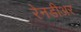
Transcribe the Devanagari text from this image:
रेनडीअर